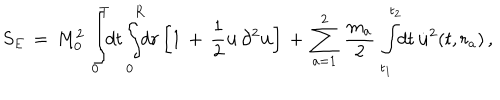
S _ { E } \, = \, M _ { 0 } ^ { 2 } \, \int _ { 0 } ^ { T } \! \! d t \int _ { 0 } ^ { R } \! \! d r \left[ 1 \, + \, \frac { 1 } { 2 } { \bf u } \, \partial ^ { 2 } { \bf u } \right] \, + \, \sum _ { a = 1 } ^ { 2 } \, \frac { m _ { a } } { 2 } \, \int _ { t _ { 1 } } ^ { t _ { 2 } } \! \! d t \, { \dot { \bf u } } ^ { 2 } ( t , r _ { a } ) \, { , }